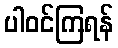
ပါဝင်ကြရန်